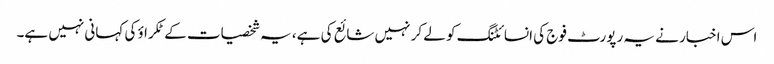
اس اخبار نے یہ رپورٹ فوج کی انسائٹنگ کو لے کر نہیں شائع کی ہے، یہ شخصیات کے ٹکراؤ کی کہانی نہیں ہے۔